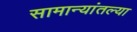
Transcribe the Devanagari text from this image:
सामान्यांतल्या